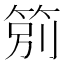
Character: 䇷